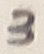
Text: 3